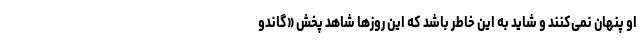
او پنهان نمی‌کنند و شاید به این خاطر باشد که این روزها شاهد پخش «گاندو